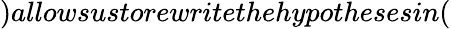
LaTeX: )allowsustorewritethehypothesesin(